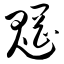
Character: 魍